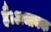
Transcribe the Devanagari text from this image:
है।अचानक